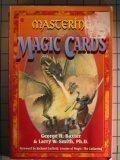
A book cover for Mastering Magic Cards: An Introduction to the Art of Masterful Deck Construction; George Baxter; Science Fiction & Fantasy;